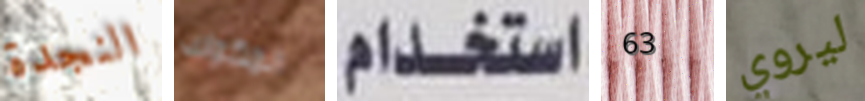
النجدة المكوك استخدام 63 ليروي